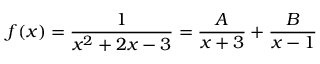
f ( x ) = { \frac { 1 } { x ^ { 2 } + 2 x - 3 } } = { \frac { A } { x + 3 } } + { \frac { B } { x - 1 } }